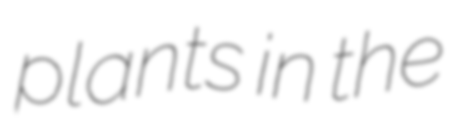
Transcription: plants in the